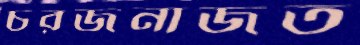
চরজনাজত